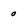
Character: o